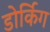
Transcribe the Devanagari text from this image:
डोर्किग